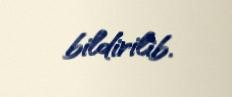
bildirilib.